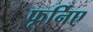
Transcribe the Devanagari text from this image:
फूर्निए